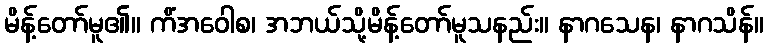
မိန့်တော်မူ၏။ ကိံအဝေါစ၊ အဘယ်သို့မိန့်တော်မူသနည်း။ နာဂသေန၊ နာဂသိန်။